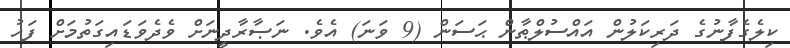
ކިލެގެފާނުގެ ދަރިކަލުން އައްސުލްޠާން ޙަސަން (9 ވަނަ) އެވެ. ނަޞާރާދީނަށް ވެދެވަޑައިގަތުމަށް ފަހު